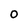
Character: 0